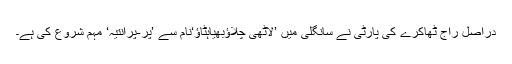
دراصل راج ٹھاکرے کی پارٹی نے سانگلی میں ’لاٹھی چلاؤبھیاہٹاؤ‘نام سے ’پر-پرانتیہ‘ مہم شروع کی ہے۔